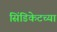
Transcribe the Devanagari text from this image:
सिंडिकेटच्या